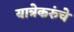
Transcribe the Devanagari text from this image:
यात्रेकरुंचे